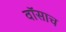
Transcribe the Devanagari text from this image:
वॉसाच